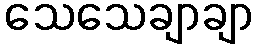
သေသေချာချာ